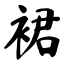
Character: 裙